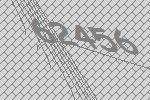
62456